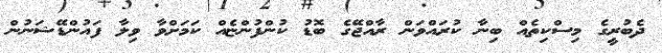
ދެބުރީގެ މިސްކިތެއް ބިނާ ކުރައްވަން ރާއްޖޭގެ ބޮޑު ކުންފުންޏެއް ކަމަށްވާ ވިލާ ފައުންޑޭޝަނުން